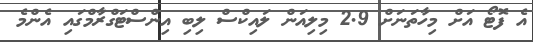
އެ ފޮޓޯ އަށް މިހާތަނަށް 2.9 މިލިއަން ލައިކްސް ލިބި އިންސްޓަގްރާމްގައި އެންމެ